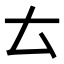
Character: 𠫓